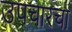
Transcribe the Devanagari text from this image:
उपचारचा